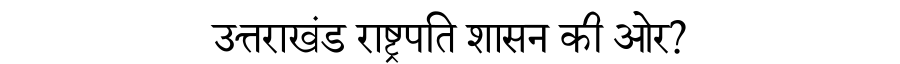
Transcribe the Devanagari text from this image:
उत्तराखंड राष्ट्रपति शासन की ओर?